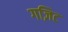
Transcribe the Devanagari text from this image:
गज़िट